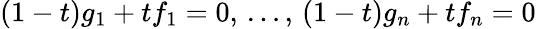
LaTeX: (1-t)g_{1}+tf_{1}=0,\, \ldots,\, (1-t)g_{n}+tf_{n}=0